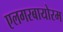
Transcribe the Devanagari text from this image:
एलगरबायोरम